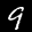
Label: 9